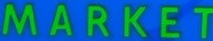
MARKET